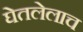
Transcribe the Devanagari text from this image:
घेतलेलाच